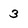
Character: 3